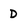
Character: D